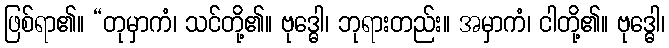
ဖြစ်ရာ၏။ “တုမှာကံ၊ သင်တို့၏။ ဗုဒ္ဓေါ၊ ဘုရားတည်း။ အမှာကံ၊ ငါတို့၏။ ဗုဒ္ဓေါ၊